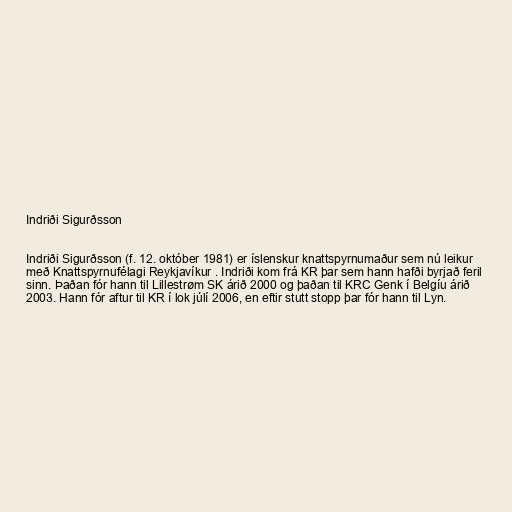
Indriði Sigurðsson

Indriði Sigurðsson (f. 12. október 1981) er íslenskur knattspyrnumaður sem nú leikur
með Knattspyrnufélagi Reykjavíkur . Indriði kom frá KR þar sem hann hafði byrjað feril
sinn. Þaðan fór hann til Lillestrøm SK árið 2000 og þaðan til KRC Genk í Belgíu árið
2003. Hann fór aftur til KR í lok júlí 2006, en eftir stutt stopp þar fór hann til Lyn.